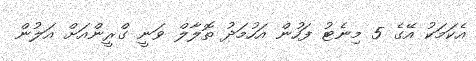
އެކަމަކު އޭގެ 5 މިނެޓު ފަހުން އަހުމަދު ތޮލާލް ވަނީ ގްރީންއަށް އަލުން